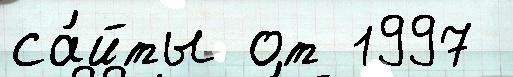
са́йты от 1997